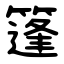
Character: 篷